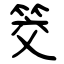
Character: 筊